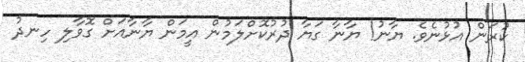
ކުރަން އުޅުނެވެ. ޔާނު! ޔާނާ ގަޔާ ދުރުކޮށްލަމުން އީމަން ޔާނާއަށް ގޮވާލި ހިނދު